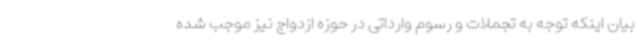
بیان اینکه توجه به تجملات و رسوم وارداتی در حوزه ازدواج نیز موجب شده